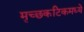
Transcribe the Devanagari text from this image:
मृच्छकटिकमध्ये